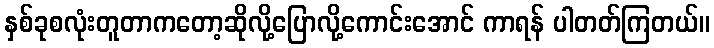
နှစ်ခုစလုံးတူတာကတော့ဆိုလို့ပြောလို့ကောင်းအောင် ကာရန် ပါတတ်ကြတယ်။